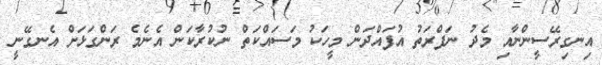
އިނގިރޭސީންނާއި މެދު ނަފްރަތު އުފައްދަން މީހަކު މަސައްކަތް ނުކުރާކަން އެނެމެ ރަންގަޅަށް އެނގޭނީ